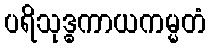
ပရိသုဒ္ဓကာယကမ္မတံ